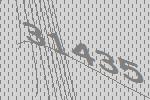
31435